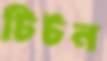
টিটন